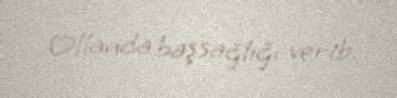
Ollanda başsağlığı verib.